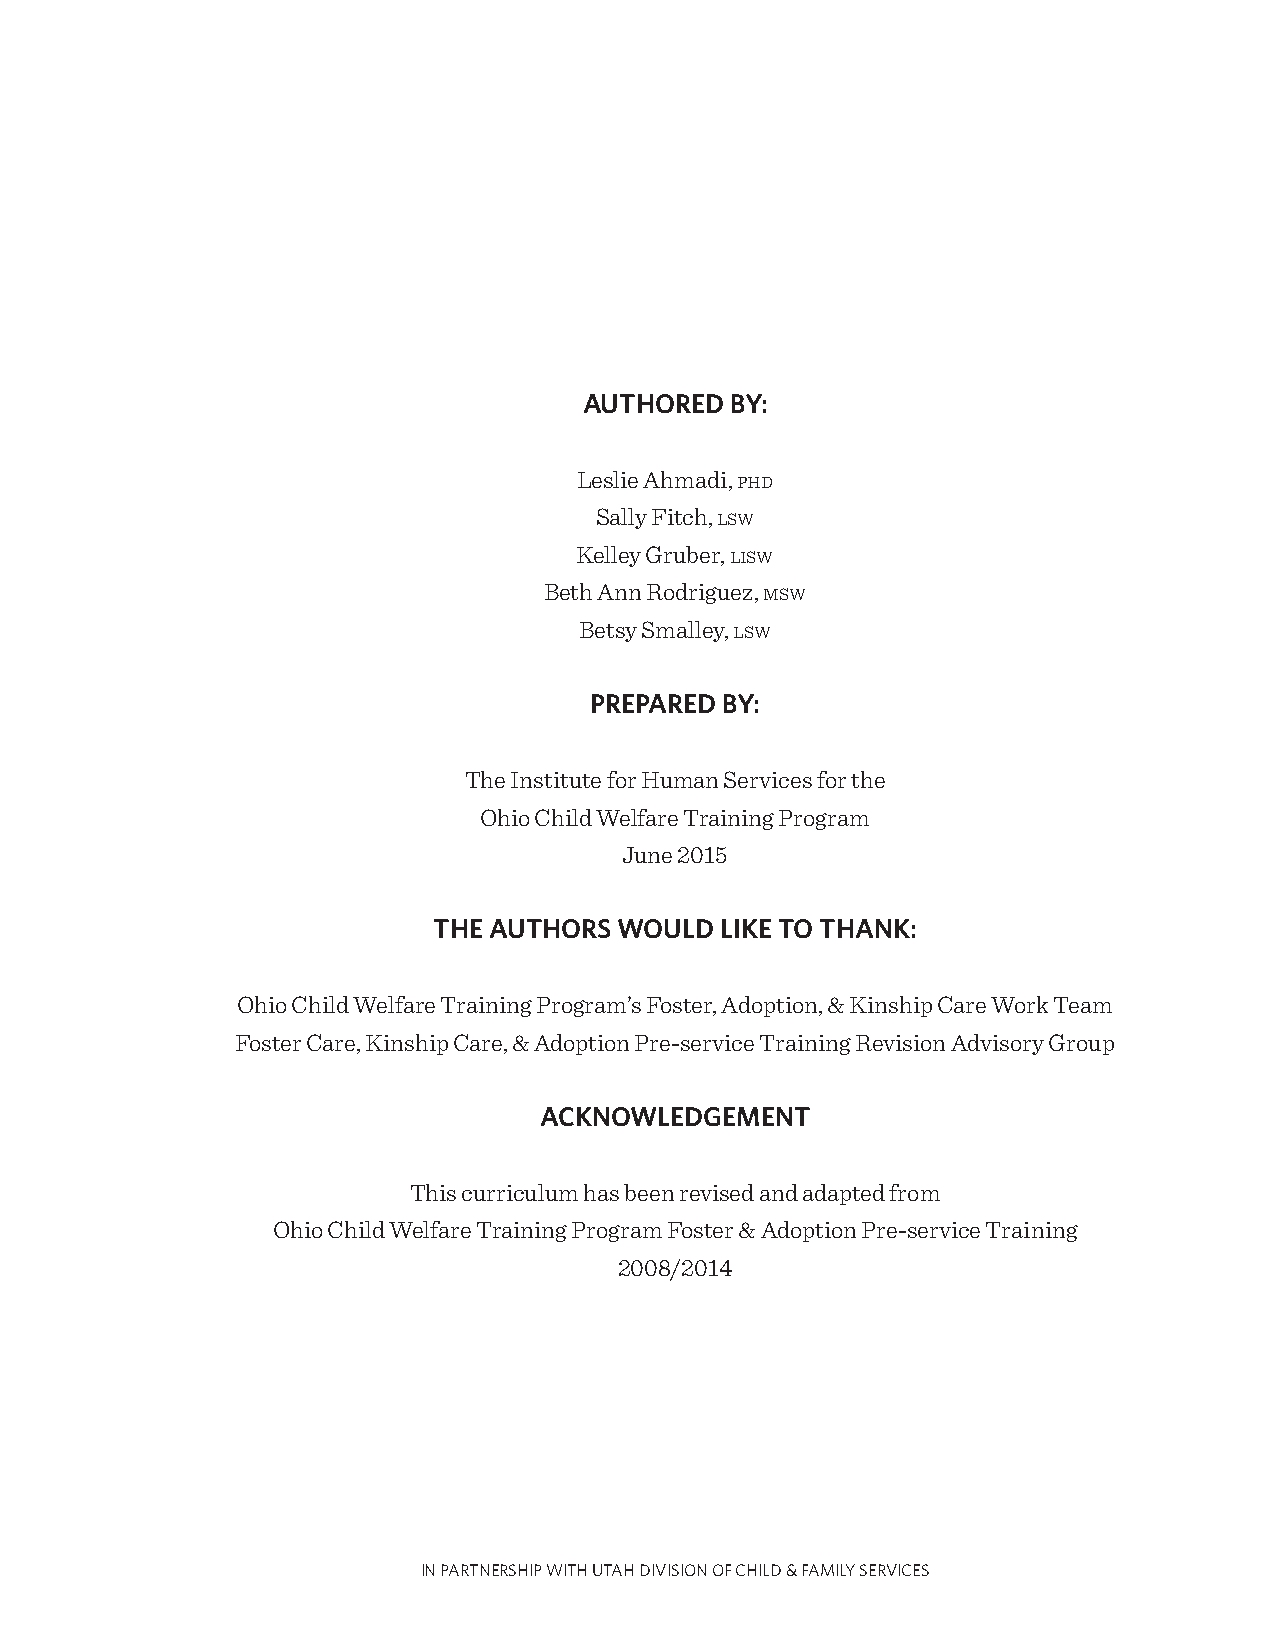
AUTHORED BY:
 Leslie Ahmadi, phd
 Sally Fitch, lsw
 Kelley Gruber, lisw
 Beth Ann Rodriguez, msw
 Betsy Smalley, lsw
 PREPARED BY:
 The Institute for Human Services for the
 Ohio Child Welfare Training Program
 June 2015
 THE AUTHORS WOULD  LIKE TO THANK:
 Ohio Child Welfare Training Program’s Foster, Adoption, & Kinship Care Work Team
 Foster Care, Kinship Care, & Adoption Pre-service Training Revision Advisory Group
 ACKNOWLEDGEMENT
 This curriculum has been revised and adapted from
 Ohio Child Welfare Training Program Foster & Adoption Pre-service Training
 2008/2014
 IN PARTNERSHIP WITH UTAH DIVISION OF CHILD & FAMILY SERVICES